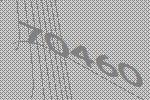
70460